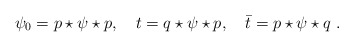
\begin{align*}\psi_0=p\star\psi\star p,\quad t=q\star \psi\star p,\quad \bar t= p\star \psi\star q\,\,.\end{align*}